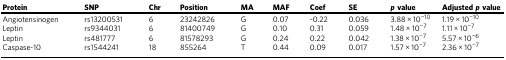
| Protein | SNP | Chr | Position | MA | MAF | Coef | SE | p value | Adjusted p value |
 | --- | --- | --- | --- | --- | --- | --- | --- | --- | --- |
 | Angiotensinogen | rs13200531 | 6 | 23242826 | G | 0.07 | -0.22 | 0.036 | 3.88 × 10−10 | 1.19 × 10−10 |
 | Leptin | rs9344031 | 6 | 81400749 | G | 0.10 | 0.31 | 0.059 | 1.48 × 10−7 | 1.11 × 10−7 |
 | Leptin | rs481777 | 6 | 81578293 | G | 0.24 | 0.22 | 0.042 | 1.38 × 10−7 | 5.57 × 10−6 |
 | Caspase-10 | rs1544241 | 18 | 855264 | T | 0.44 | 0.09 | 0.017 | 1.57 × 10−7 | 2.36 × 10−7 |